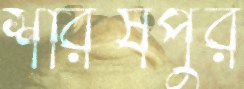
শরিষপুর